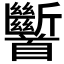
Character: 𩠹